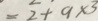
= 2 + 9 \times 3